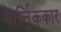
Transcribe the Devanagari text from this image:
वार्त्तिककार